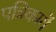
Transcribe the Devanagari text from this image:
पत्रिकायॆं